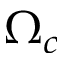
\Omega _ { c }